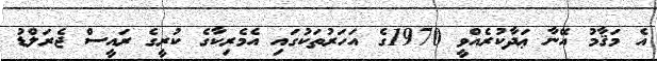
އެ މަޤާމު އޭނާ ޢަދާކުރެއްވީ 1970ގެ އަހަރުތަކުގައި އެމެރިކާގެ ކުރީގެ ރައީސް ޖެރަލްޑު